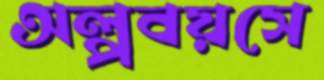
অল্পবয়সে